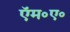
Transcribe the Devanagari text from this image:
ऍम॰ए॰